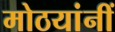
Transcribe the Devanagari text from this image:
मोठयांनीं